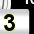
Digit: 3